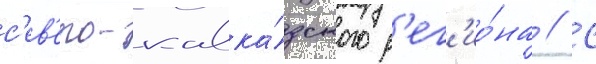
с'ев'еро-кавка́зского р'ег'ио́на // С